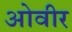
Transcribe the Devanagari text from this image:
ओवीर